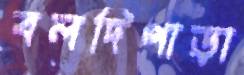
বলদিপাড়া